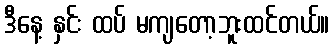
ဒီနေ့ နှင်း ထပ် မကျတော့ဘူးထင်တယ်။